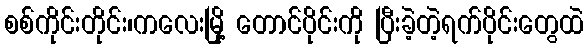
စစ်ကိုင်းတိုင်း၊ကလေးမြို့ တောင်ပိုင်းကို ပြီးခဲ့တဲ့ရက်ပိုင်းတွေထဲ